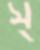
স্